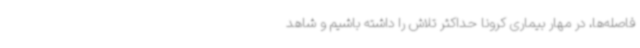
فاصله‌ها، در مهار بیماری کرونا حداکثر تلاش را داشته باشیم و شاهد